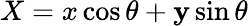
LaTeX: X=x\cos\theta+\mathbf{y}\sin\theta